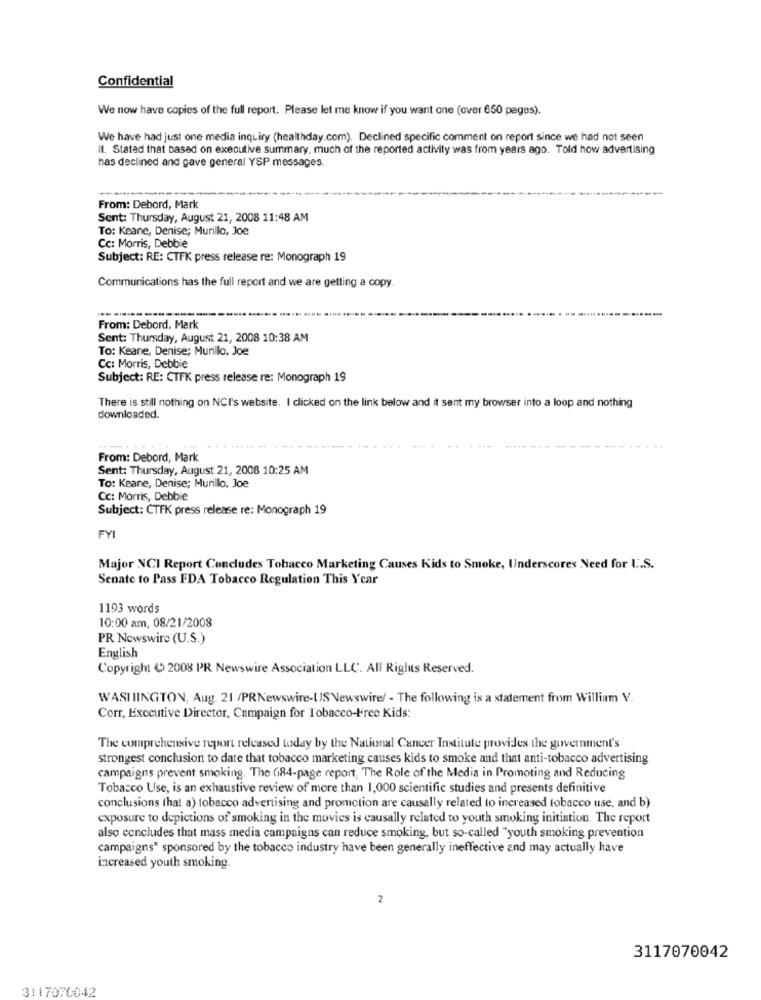
Confidential
We now have copies of the full report. Please let me know if you want one (over 650 pages).
We have had just one media inquiry (healthday.com). Declined specific comment on report since we had not seen
il. Stated that based on executive summary, much of the reported activity was from years ago. Told how advertising
has declined and gave general YSP messages.
From: Debord, Mark
Sent: Thursday, August 21, 2008 11:48 AM
To: Keane, Denise; Murillo, Joe
Cc: Morris, Debbie
Subject: RE: CTFK press release re: Monograph 19
Communications has the full report and we are getting a copy.
From: Debord, Mark
Sent: Thursday, August 21, 2008 10:38 AM
To: Keane, Denise; Murillo, Joe
Cc: Morris, Debbie
Subject: RE: CTFK press release re: Monograph 19
There is still nothing on NCI's website. I clicked on the link below and it sent my browser into a loop and nothing
downloaded.
From: Debord, Mark
Sent: Thursday, August 21, 2008 10:25 AM
To: Keane, Denise; Murillo, Joe
Cc: Morris, Debbie
Subject: CTFK press release re: Monograph 19
FYI
Major NCI Report Concludes Tobacco Marketing Causes Kids to Smoke, Underscores Need for U.S.
Senate to Pass FDA Tobacco Regulation This Ycar
1193 words
10:00 am, 08/21/2008
PR Newswire (U.S.)
English
Copyright ( 2008 PR Newswire Association LLC. All Rights Reserved.
WASHINGTON, Aug. 21 /PRNewswire-US Newswire/ - The following is a statement from William V.
Corr, Executive Director, Campaign for Tobacco-Free Kids:
The comprehensive report released today by the National Cancer Institute provides the government's
strongest conclusion to date that tobacco marketing causes kids to smoke and that anti-tobacco advertising
campaigns prevent smoking. The G184-page report, The Role of the Media in Promoting and Reducing
Tobacco Use, is an exhaustive review of more than 1,000 scientific studies and presents definitive
conclusions that a) tobacco advertising and promction are causally related to increased tobacco use, and b)
exposure to depictions of smoking in the movies is causally related to youth smoking initiation. The report
also concludes that mass media campaigns can reduce smoking, but so-called "youth smoking prevention
campaigns" sponsored by the tobacco industry have been generally ineffective and may actually have
increased youth smoking.
2
3117070042
3117070042